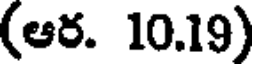
(ఆర. 10.19)